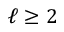
\ell \geq 2